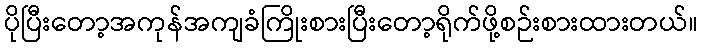
ပိုပြီးတော့အကုန်အကျခံကြိုးစားပြီးတော့ရိုက်ဖို့စဉ်းစားထားတယ်။